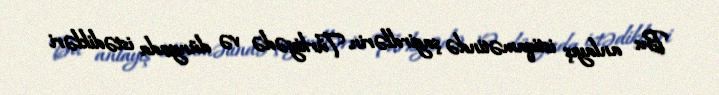
Bu anlayış istiqamətində şagirdlərin Türkiyədə və dünyada istədikləri